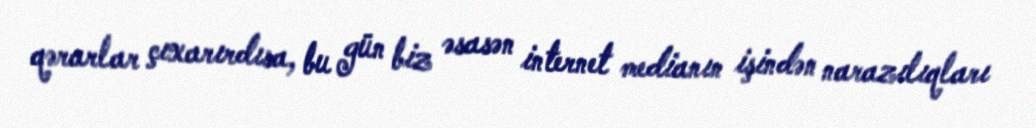
qərarlar çıxarırdısa, bu gün biz əsasən internet medianın işindən narazılıqları